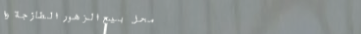
محل بيع الزهور الطازجة وا